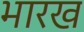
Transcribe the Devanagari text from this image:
भारख